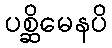
ပစ္ဆိမေနပိ